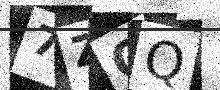
Text: 7ZOQ